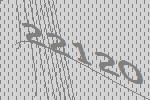
22120